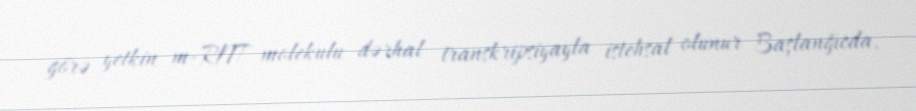
görə yetkin m-RNT molekulu dərhal transkripsiyayla istehsal olunur Başlanğıcda,